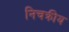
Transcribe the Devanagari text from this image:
निचक्रीय